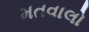
મતવાલો